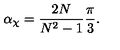
\alpha _ { \chi } = { \frac { 2 N } { N ^ { 2 } - 1 } } { \frac { \pi } { 3 } } .